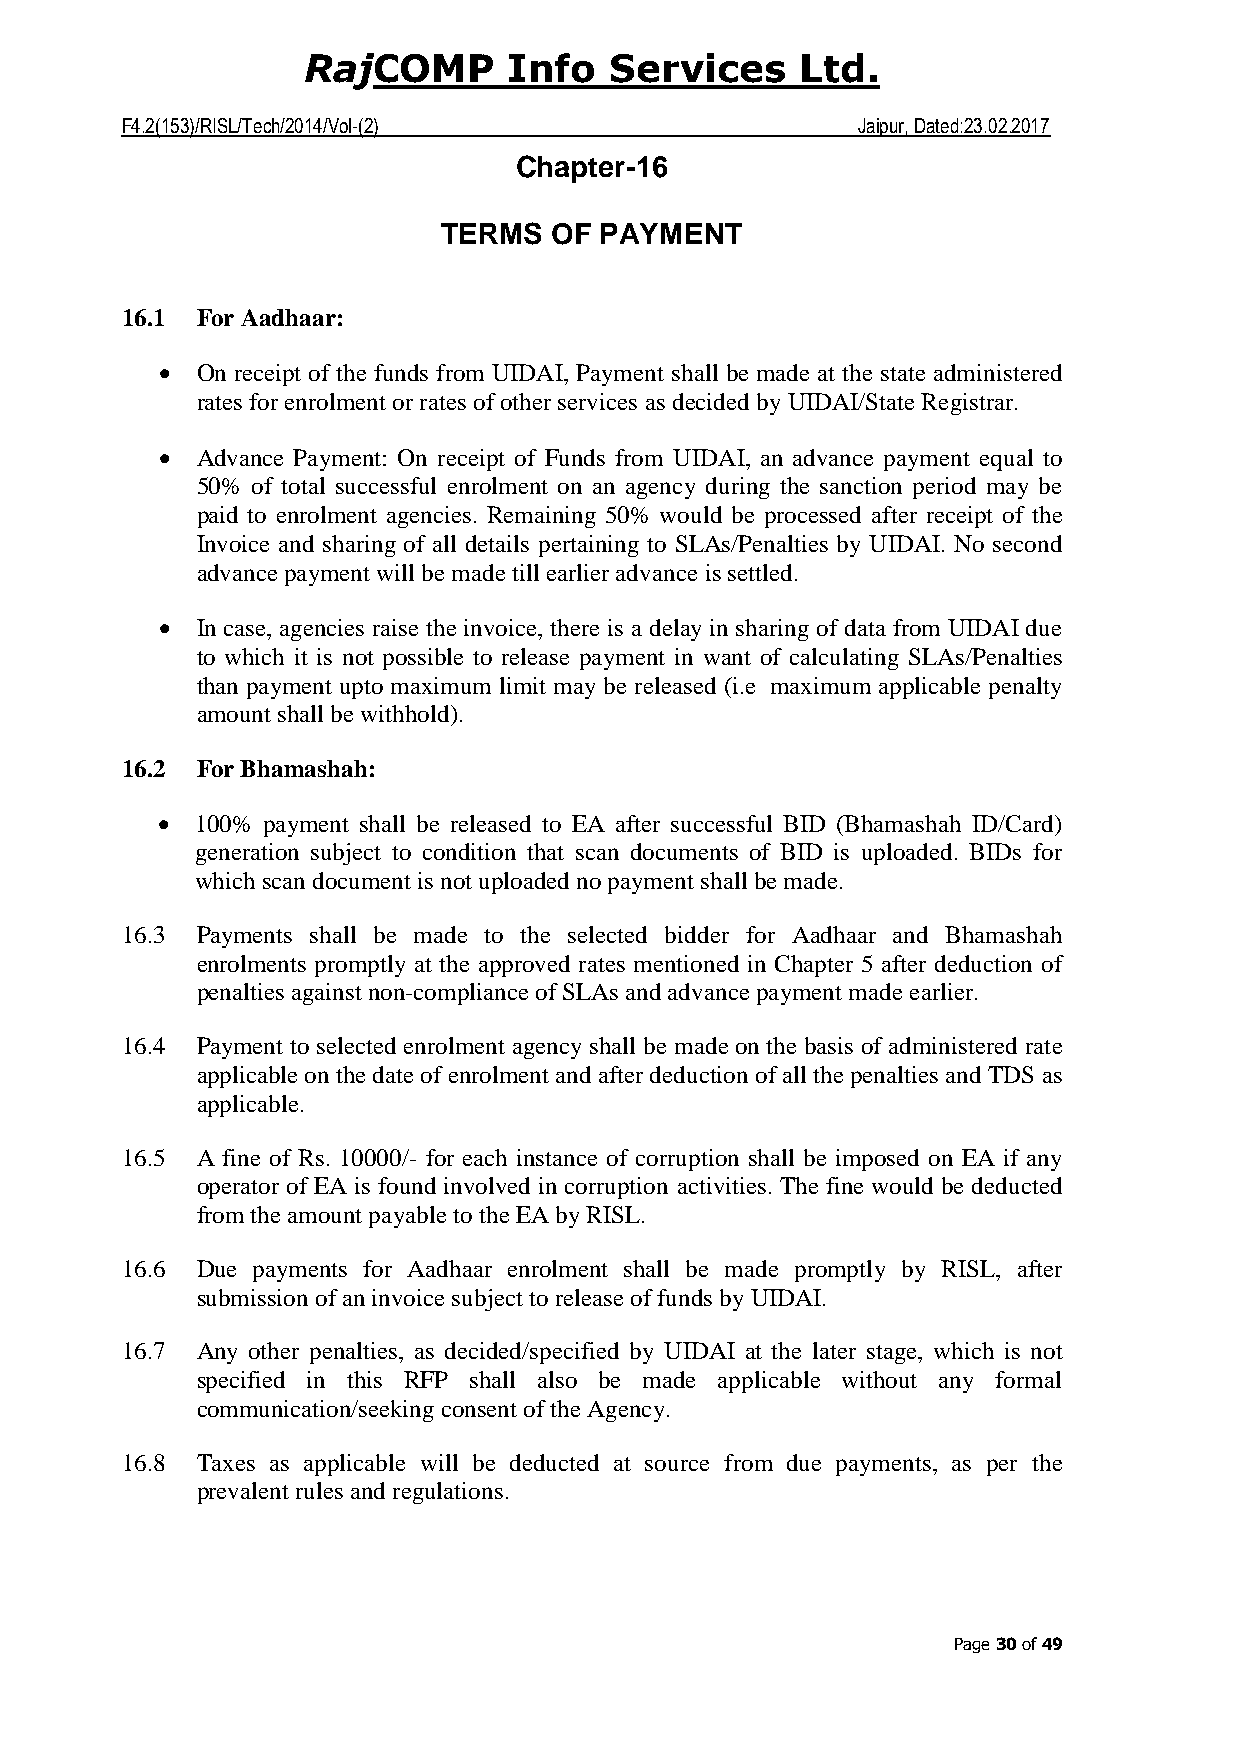
COMP     Info  Services     Ltd.
 Raj
 F4.2(153)/RISL/Tech/2014/Vol-(2)                 Jaipur, Dated:23.02.2017
 Chapter-16
 TERMS   OF PAYMENT
 16.1 For Aadhaar:
 • On receipt of the funds from UIDAI, Payment shall be made at the state administered
 rates for enrolment or rates of other services as decided by UIDAI/State Registrar.
 • Advance Payment: On receipt of Funds from UIDAI, an advance payment equal to
 50% of total successful enrolment on an agency during the sanction period may be
 paid to enrolment agencies. Remaining 50% would be processed after receipt of the
 Invoice and sharing of all details pertaining to SLAs/Penalties by UIDAI. No second
 advance payment will be made till earlier advance is settled.
 • In case, agencies raise the invoice, there is a delay in sharing of data from UIDAI due
 to which it is not possible to release payment in want of calculating SLAs/Penalties
 than payment upto maximum limit may be released (i.e maximum applicable penalty
 amount shall be withhold).
 16.2 For Bhamashah:
 •  100% payment shall be released to EA after successful BID (Bhamashah ID/Card)
 generation subject to condition that scan documents of BID is uploaded. BIDs for
 which scan document is not uploaded no payment shall be made.
 16.3 Payments shall be made to the selected bidder for Aadhaar and Bhamashah
 enrolments promptly at the approved rates mentioned in Chapter 5 after deduction of
 penalties against non-compliance of SLAs and advance payment made earlier.
 16.4 Payment to selected enrolment agency shall be made on the basis of administered rate
 applicable on the date of enrolment and after deduction of all the penalties and TDS as
 applicable.
 16.5 A fine of Rs. 10000/- for each instance of corruption shall be imposed on EA if any
 operator of EA is found involved in corruption activities. The fine would be deducted
 from the amount payable to the EA by RISL.
 16.6 Due payments for Aadhaar enrolment shall be made promptly by RISL, after
 submission of an invoice subject to release of funds by UIDAI.
 16.7 Any other penalties, as decided/specified by UIDAI at the later stage, which is not
 specified in this RFP shall also be made applicable without any formal
 communication/seeking consent of the Agency.
 16.8 Taxes as applicable will be deducted at source from due payments, as per the
 prevalent rules and regulations.
 Page 30 of 49